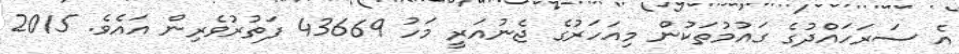
އެ ސަރަހައްދުގެ ގައުމުތަކުން މިއަހަރުގެ ޖެނުއަރީ މަހު 43669 ފަތުރުވެރިން އައެވެ. 2015